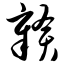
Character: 赣